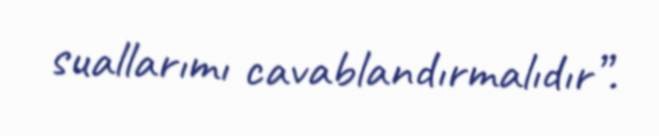
suallarımı cavablandırmalıdır”.